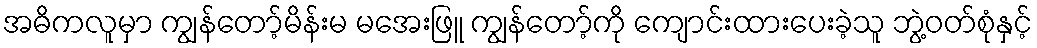
အဓိကလူမှာ ကျွန်တော့်မိန်းမ မအေးဖြူ ကျွန်တော့်ကို ကျောင်းထားပေးခဲ့သူ ဘွဲ့ဝတ်စုံနှင့်